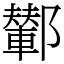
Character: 鄻